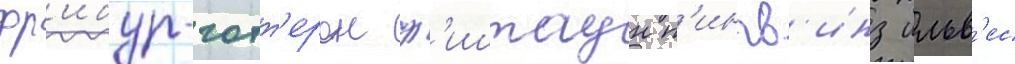
фр'ибур-готт'ерон ф'иштаун п'ингв'инз ильв'ес